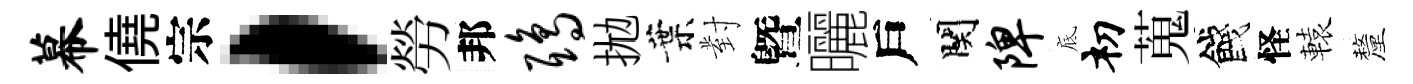
幕僥宗，勞邦鸱拋葉對曁曬戶関陴底𥘉蒐餞怪轅釐